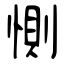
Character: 惻